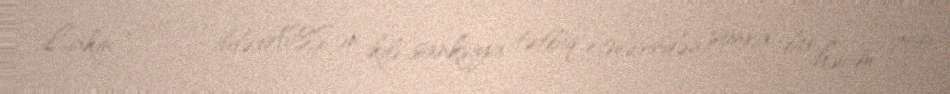
Lakin 2018-ci ildə ABŞ-ın ikili sanksiya tətbiq etməsindən sonra bu həcm 700